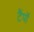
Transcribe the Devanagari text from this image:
टैंपॉ